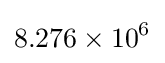
8.276\times 10^{6}